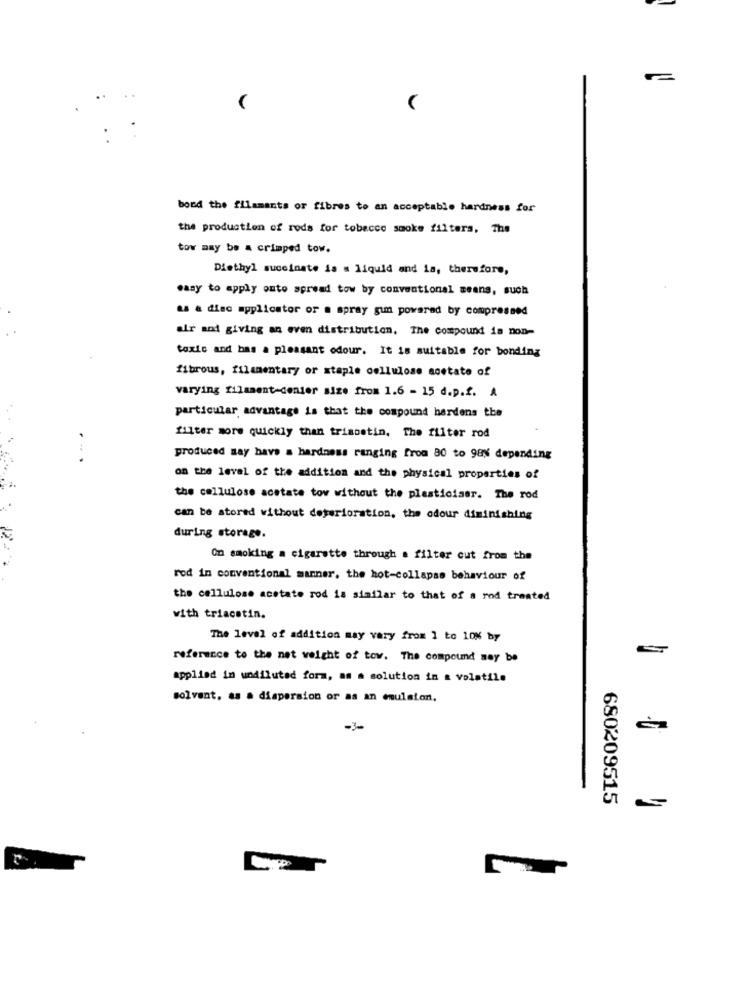
bond the filaments or fibres to an acceptable hardness for
the production of rods for tobacco smoke filters, The
tow may be a crimped tow.
Diethyl succinate is a liquid and is, therefore,
easy to apply outo spread tow by conventional seans, such
as a disc applicator or a spray gun powered by compressed
air and giving an even distribution, The compound is non-
toxic and bas a pleasant odour. It is suitable for bonding
fibrous, filsmentary or staple cellulose acetate of
varying filament-denier size from 1.6 - 15 d.p.f. A
particular advantage is that the compound hardens the
filter more quickly than triabstin. The filter rod
produced may have a hardness ranging from 80 to 98% depending
on the level of the addition and the physical properties of
the cellulose acetate tov without the plasticiser. The rod
can be stored without deterioration, the odour diminishing
during storage.
On smoking a cigarette through . filter cut from the
rod in conventional manner, the hot-collapse behaviour of
the cellulose acetate rod is similar to that of a rod treated
with triacetin.
The level of addition may vary from 1 to 10% by
reference to the net weight of tow. The compound may be
applied in undiluted form, as a solution in a volatile
solvant. as a dispersion or as an emulsion,
-3-
680209515